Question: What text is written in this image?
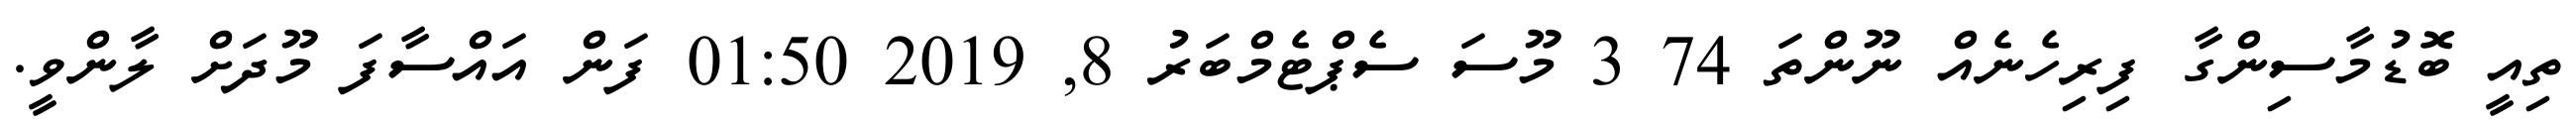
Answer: ތިއީ ބޮޑުމާސިންގާ ފިރިހެނެއް ނޫންތަ 74 3 މޫސަ ސެޕްޓެމްބަރު 8, 2019 01:50 ފަން އައްސާފަ މޫދަށް ލާންވީ.